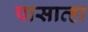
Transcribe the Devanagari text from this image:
पासाव्हा